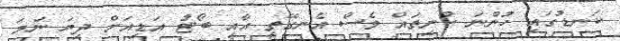
ކަނޑުގައި ހުންނަ ކުނިތައް ވެސް އެނގޭތީ އާއި ބޯޓު އަޑިއަށް ދިޔަ ނަމަ